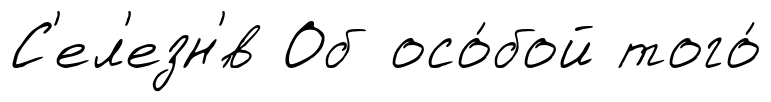
С'ел'езн'́в Об осо́бой того́